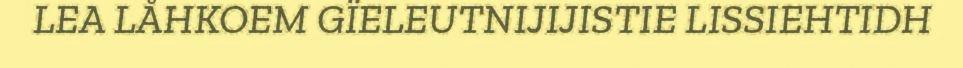
LEA LÅHKOEM GÏELEUTNIJIJISTIE LISSIEHTIDH